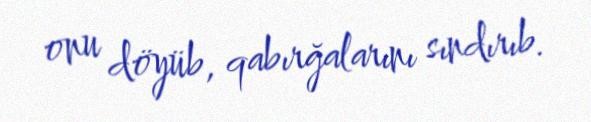
onu döyüb, qabırğalarını sındırıb.